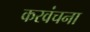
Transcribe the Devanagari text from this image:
करवंचना